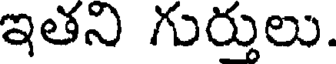
ఇతని గుర్తులు.